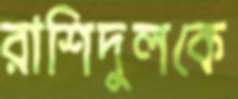
রাশিদুলকে